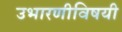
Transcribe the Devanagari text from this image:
उभारणीविषयी